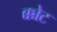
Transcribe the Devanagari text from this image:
क्कोट